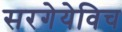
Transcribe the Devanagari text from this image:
सरगेयेविच